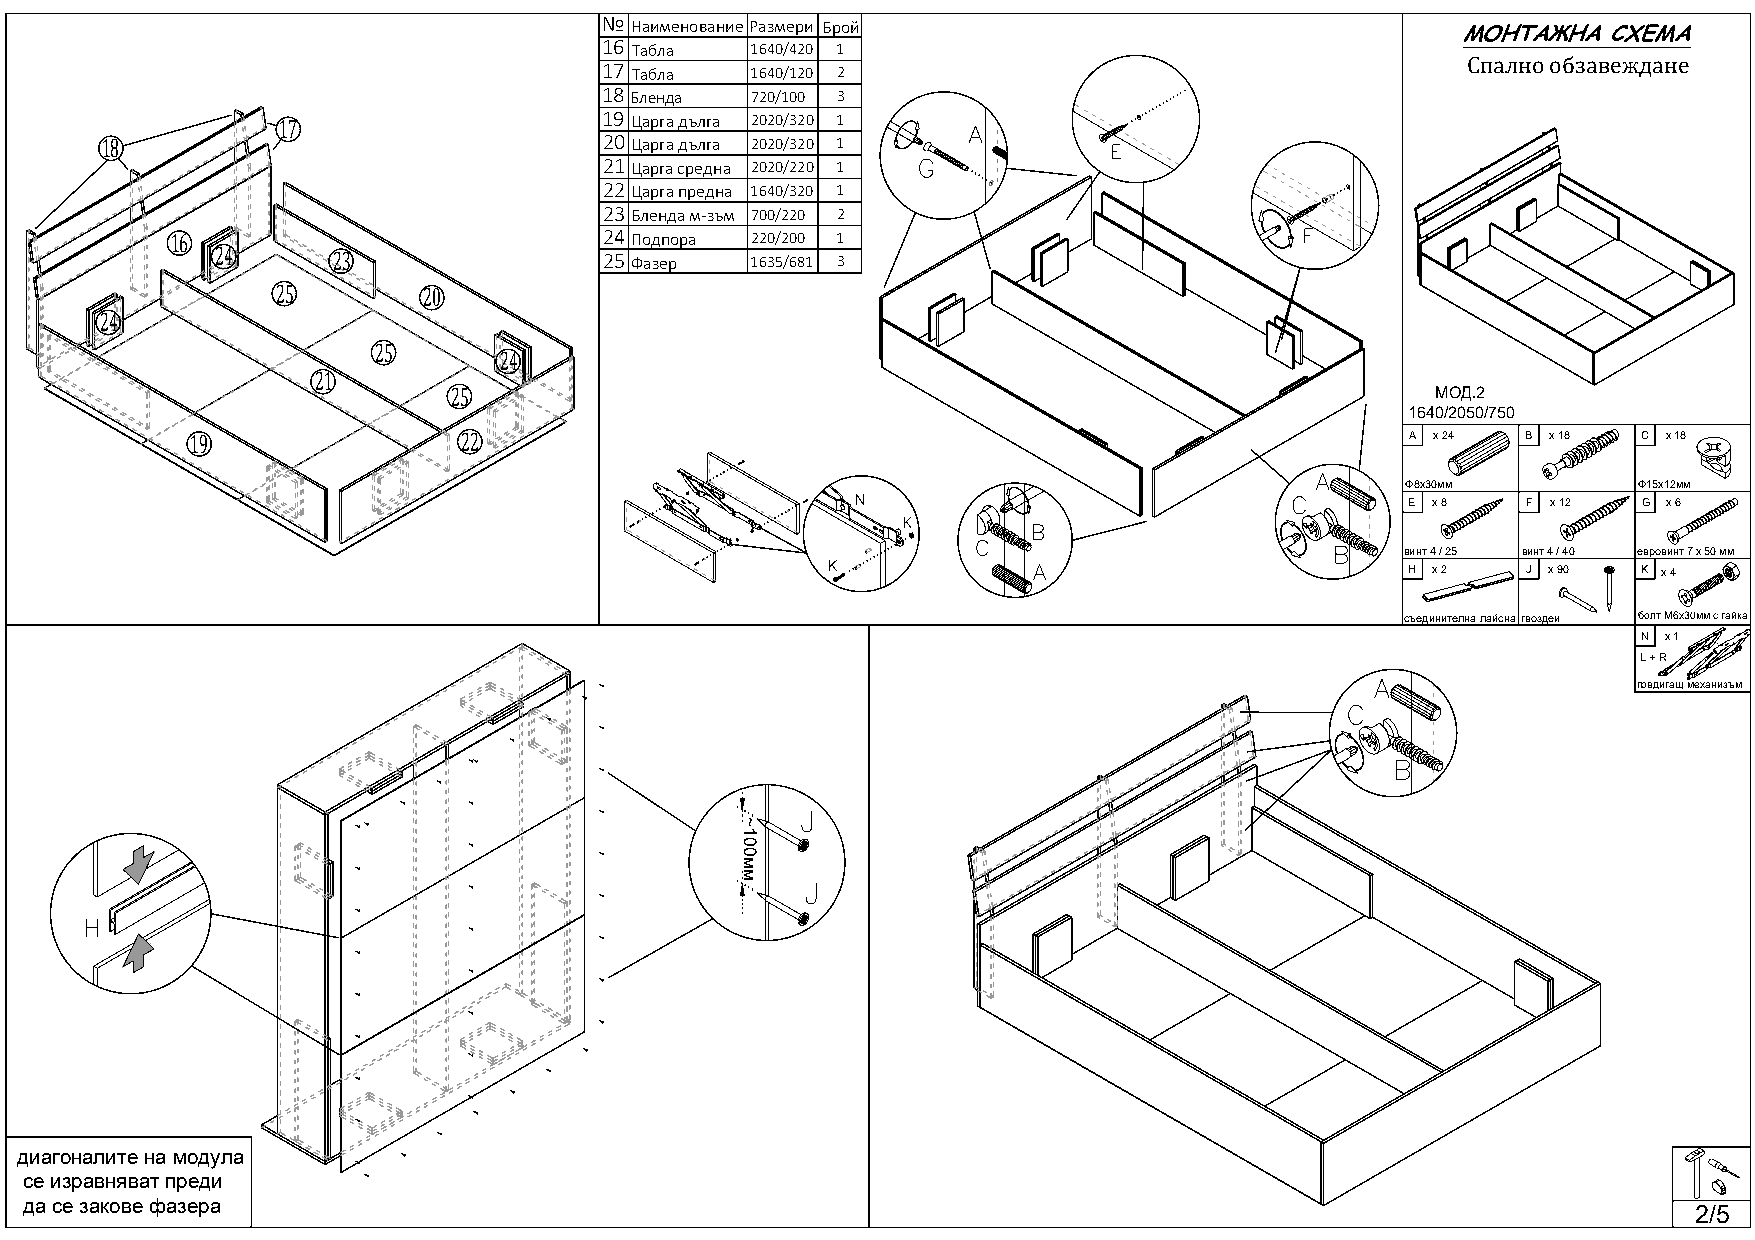
№ НаименованиеРазмери Брой                               МОНТАЖНА  СХЕМА
 16 Табла  1640/420 1
 Спално обзавеждане
 17 Табла  1640/120 2
 18Бленда  720/100 3
 17                    19Царга дълга 2020/320 1
 18                               20Царга дълга 2020/320 1
 21Царга средна 2020/220 1
 22Царга предна 1640/320 1
 23Бленда м-зъм 700/220 2
 16                           24Подпора 220/200 1
 24      23                25Фазер   1635/681 3
 25        20
 24
 25
 24
 21
 25                                                               МОД.2
 1640/2050/750
 19                22                                                            А x 24  B x 18  C x 18
 Ф8х30мм        Ф15х12мм
 E x 8   F x 12  G x 6
 винт 4 / 25 винт 4 / 40 евровинт 7 x 50 мм
 H x 2   J x 90  K x 4
 съединителна лайснагвоздеи болт M6x30мм с гайка
 N x 1
 L + R
 повдигащ механизъм
 диагоналите на модула
 се изравняват преди
 да се закове фазера
 2/5
 ~100мм